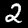
Digit: 2